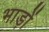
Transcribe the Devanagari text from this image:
भाड़ों